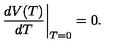
\left. \frac { d V ( T ) } { d T } \right| _ { T = 0 } = 0 .